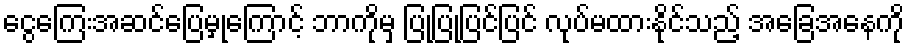
ငွေကြေးအဆင်ပြေမှုကြောင့် ဘာကိုမှ ပြုပြုပြင်ပြင် လုပ်မထားနိုင်သည့် အခြေအနေကို